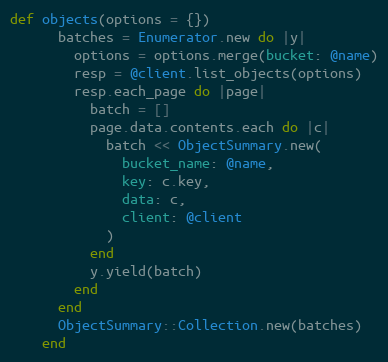
Language: Ruby
def objects(options = {})
      batches = Enumerator.new do |y|
        options = options.merge(bucket: @name)
        resp = @client.list_objects(options)
        resp.each_page do |page|
          batch = []
          page.data.contents.each do |c|
            batch << ObjectSummary.new(
              bucket_name: @name,
              key: c.key,
              data: c,
              client: @client
            )
          end
          y.yield(batch)
        end
      end
      ObjectSummary::Collection.new(batches)
    end